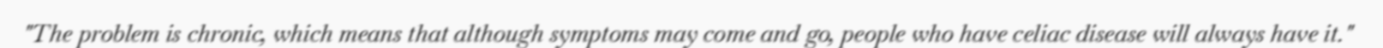
"The problem is chronic, which means that although symptoms may come and go, people who have celiac disease will always have it."